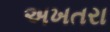
અખતરા